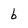
Character: b